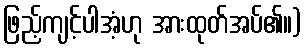
ဖြည့်ကျင့်ပါအံ့ဟု အားထုတ်အပ်၏။)